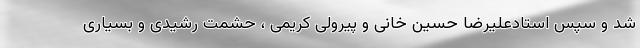
شد و سپس استادعلیرضا حسین خانی و پیرولی کریمی ، حشمت رشیدی و بسیاری